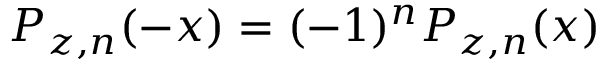
P _ { z , n } ( - x ) = ( - 1 ) ^ { n } P _ { z , n } ( x )